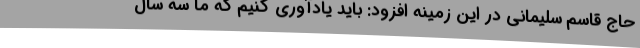
حاج قاسم سلیمانی در این زمینه افزود: باید یادآوری کنیم که ما سه سال